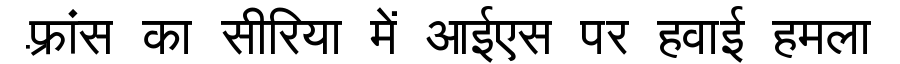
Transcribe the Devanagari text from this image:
फ़्रांस का सीरिया में आईएस पर हवाई हमला